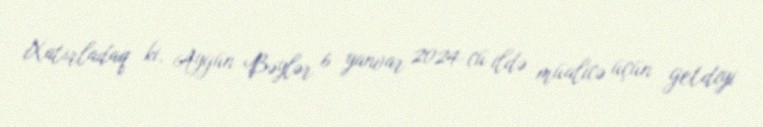
Xatırladaq ki, Aygün Bəylər 6 yanvar 2024-cü ildə müalicə üçün getdiyi